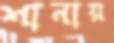
শানায়